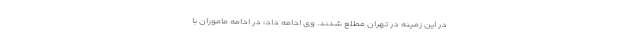
در این زمینه در تهران مطلع شدند. وی ادامه داد: در ادامه ماموران با